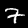
Label: 7